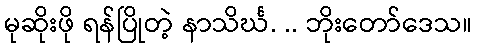
မုဆိုးဖို ရန်ပြိုတဲ့ နာသိင်္ဃ. .. ဘိုးတော်ဒေသ။